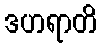
ဒဟရာတိ